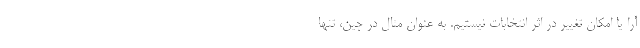
آرا یا امکان تغییر در اثر انتخابات نیستیم. به عنوان مثال در چین، تنها